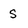
Character: S